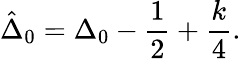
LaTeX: \hat{\Delta}_{0}=\Delta_{0}-\frac{1}{2}+\frac{k}{4}.